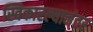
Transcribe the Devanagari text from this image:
स्विकारल्यानंतर